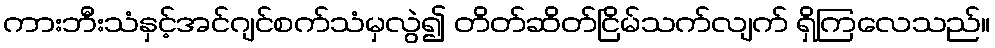
ကားဘီးသံနှင့်အင်ဂျင်စက်သံမှလွဲ၍ တိတ်ဆိတ်ငြိမ်သက်လျက် ရှိကြလေသည်။